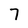
Character: 7